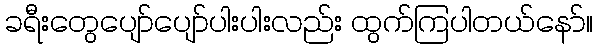
ခရီးတွေပျော်ပျော်ပါးပါးလည်း ထွက်ကြပါတယ်နော်။